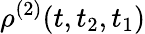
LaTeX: \rho^{(2)}(t,t_{2},t_{1})